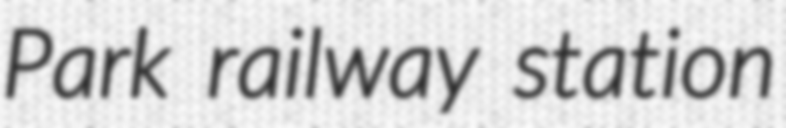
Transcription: Park railway station